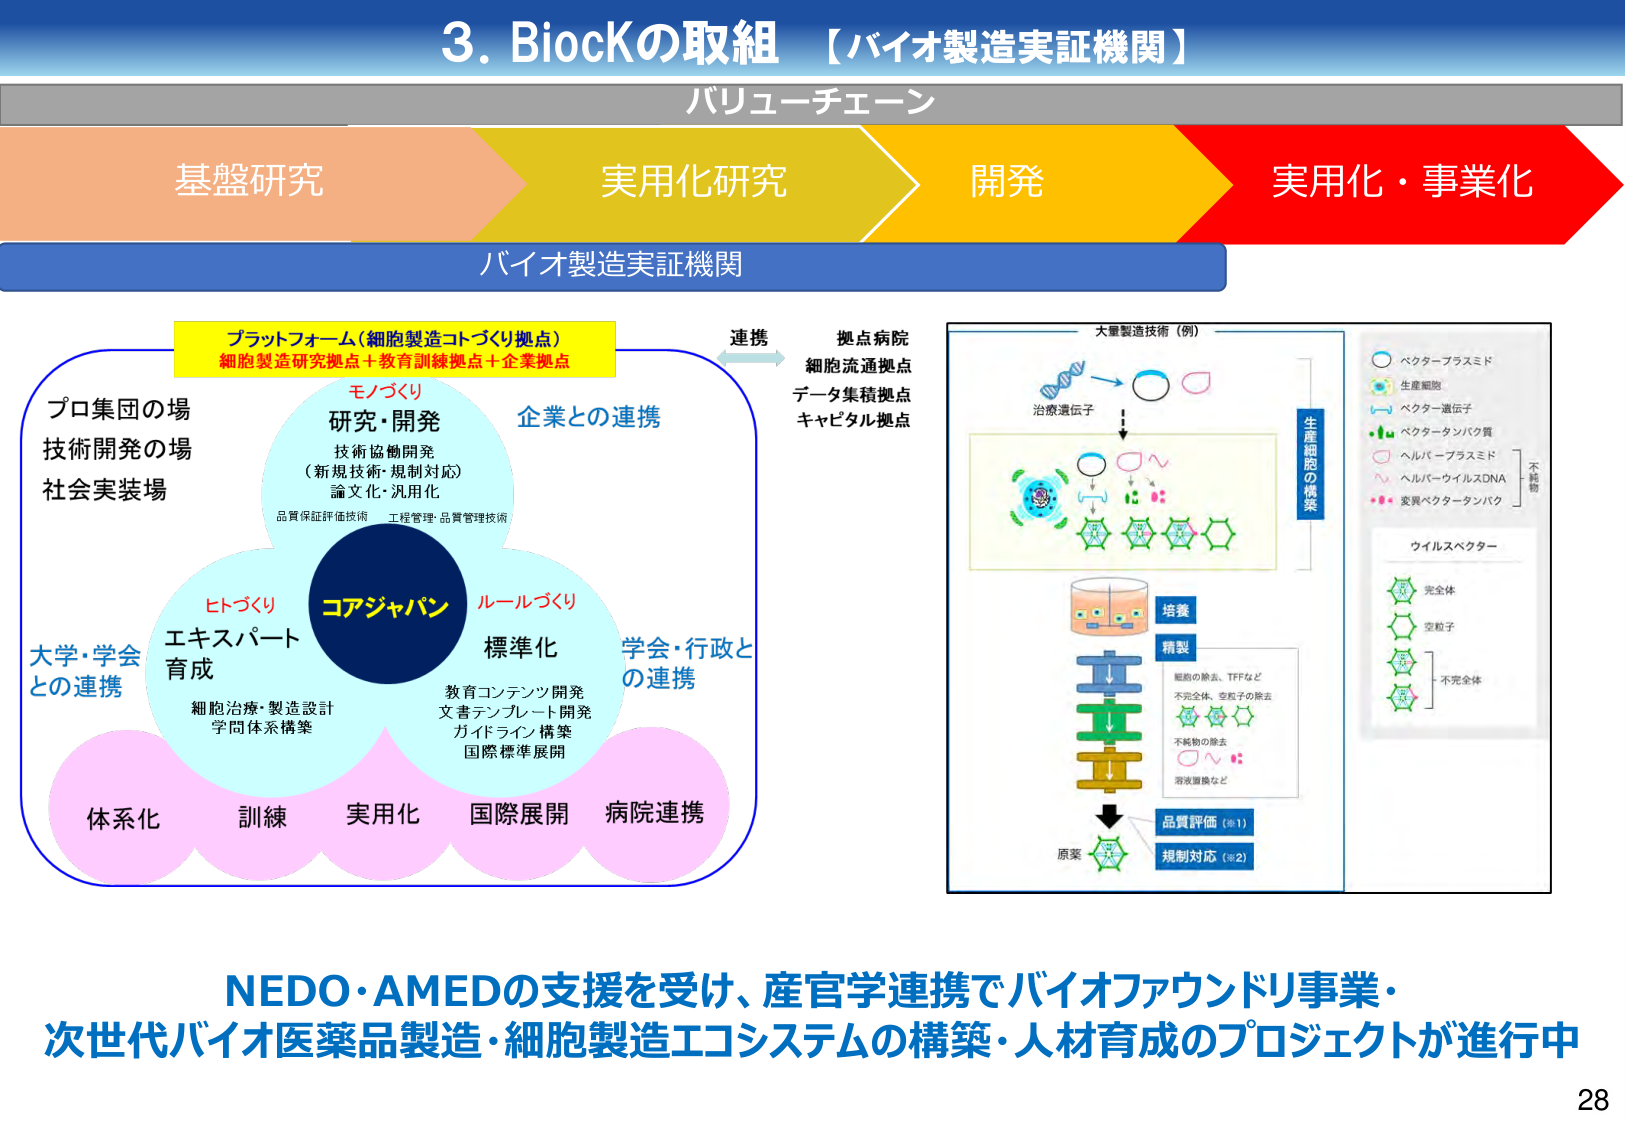
3. BiocKの取組 【バイオ製造実証機関】

バリューチェーン

基盤研究　実用化研究　開発　実用化・事業化

バイオ製造実証機関

プラットフォーム（細胞製造コトづくり拠点）
細胞製造研究拠点＋教育訓練拠点＋企業拠点

連携
拠点病院
細胞流通拠点
データ集積拠点
キャピタル拠点

プロ集団の場
技術開発の場
社会実装場

モノづくり
研究・開発
技術協働開発
（新規技術・規制対応）
論文化・汎用化
品質保証評価技術　工程管理・品質管理技術

企業との連携

コアジャパン

ヒトづくり
エキスパート
育成
細胞治療・製造設計
学問体系構築

ルールづくり
標準化
教育コンテンツ開発
文書テンプレート開発
ガイドライン構築
国際標準展開

学会・行政との連携

大学・学会との連携

体系化　訓練　実用化　国際展開　病院連携

大量製造技術（例）
治療遺伝子
→
生産細胞の構築

ベクタープラスミド
生産細胞
ベクター遺伝子
ベクタータンパク質
ヘルパープラスミド
ヘルパーワイルスDNA
変異ベクタータンパク

不純物

ウイルスペクター
完全体
空粒子
不完全体

培養
精製
細胞の除去、TFFなど
不完全体、空粒子の除去
不純物の除去
溶液置換など

品質評価（※1）
規制対応（※2）

原薬

NEDO・AMEDの支援を受け、産官学連携でバイオファウンドリ事業・
次世代バイオ医薬品製造・細胞製造エコシステムの構築・人材育成のプロジェクトが進行中

28